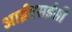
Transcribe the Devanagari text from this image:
आईएसईसी